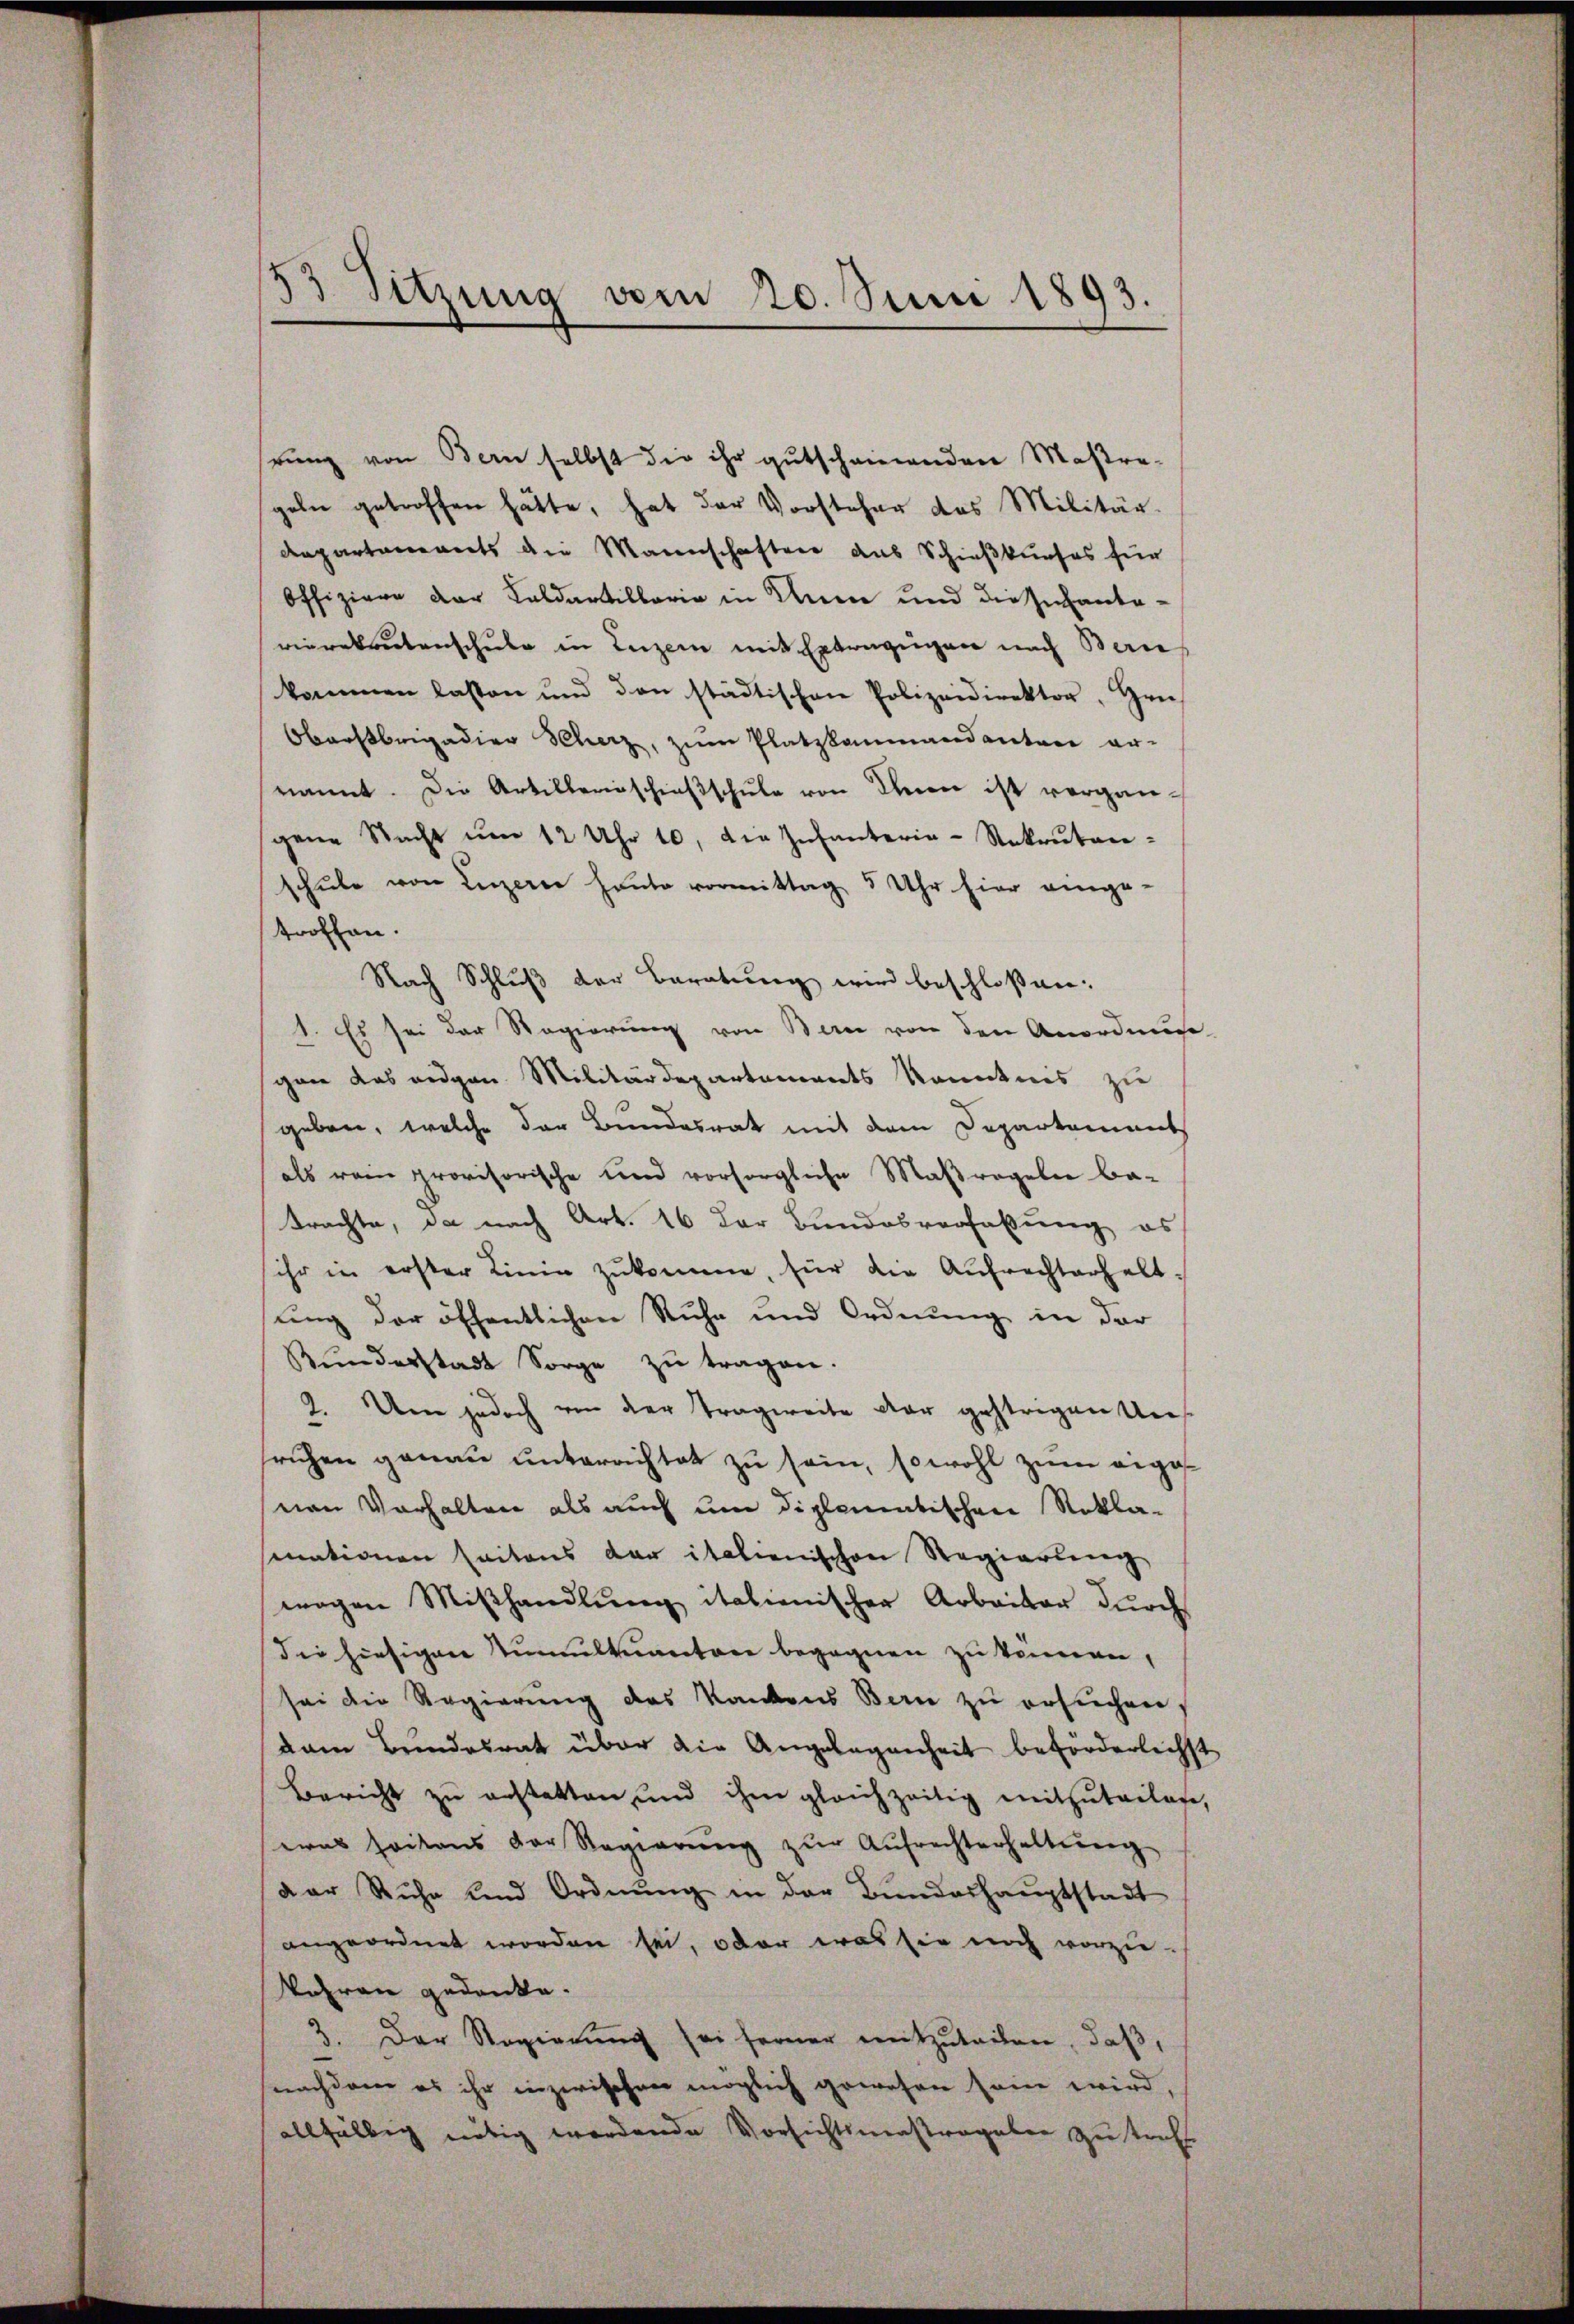
3 Sitzung vom 20. Juni 1893.

rung von Bern selbst die ihr gutscheinenden Maßregeln getroffen hätte, hat der Vorsteher das Militär-
Departaments die Mannschafter das Schießkurses für
Offiziere der Kaldarbillaria in Anna und die Infante-
vierekrutenschule in Luzern mit Extrazügen nach Bern
kommen lassen und den städtischen Polizeidirektor. Gen
Oberstrigadier Scherz, zum Platzkammandanten er-
nannt. Die Artillerinschieβschule von Ihnen ist vergangene Nacht ŭm 12 Uhr 10, die Infanterie-Rekruten-
schŭle von Luzerne heute vormittag 5 Uhr hier einge-
troffen.
Nach Schluß der Beratung wird beschloßen:
1. Es sei der Regierung von Bern von den Anordnun
gan das eidgen Militärdepartements Kenntnis zu
geben, welche der Bundesrat mit dem Departement
als rein provisorische und vorsorgliche Maßregeln be-
trachte, da nach Art. 16 der Bundesverfaßung es
ihr in erster Linie zŭkomme, für die Aufrechterhalt-
ung der öffentlichen Ruhe und Ordnung in der
Kŭnderstadt Sorge zŭ tragen.
2. Um jedoch von der Tragweite der gestrigen Uns
srichen genau unterrichtet zu sein, sowohl zum eigenen Vorhalten als auch um diplomatischen Rekla-
mationen seitens der italienischen Regierung
wagen Miβhandlŭng italienischer Arbeiter dŭrch
die hiesigen Numultuantone begegnen zu kennen,
sei die Regierung des Kantons Bern zu ersuchen,
dam Bundesrat über die Angelegenheit beförderlichst
Bericht zu erstatten und ihm gleichzeitig mitzuteilen,
was seitens der Regierŭng zŭr Aŭfrechterhaltŭng
dar Ruhe und Ordnung in der Bunderhauptstadt
angeordnet worden sei, oder was sie noch vorzu-
Vohren gedanke.
3. Der Regierung sei ferner mitzuteilen, daß,
nachdem es ihr inzwischen möglich gewesen sein wird,
allfältig nötig wordende Vorsichtsmaßregeber zu straft